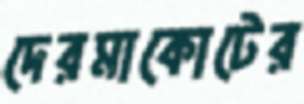
দেরমাকোটের